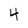
Character: 4